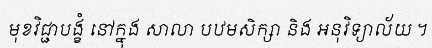
មុខវិជ្ជាបង្ខំ នៅក្នុង សាលា បឋមសិក្សា និង អនុវិទ្យាល័យ ។